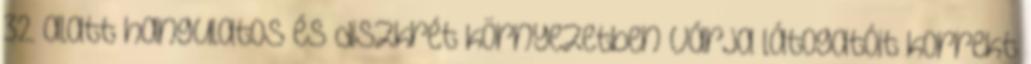
32. alatt hangulatos és diszkrét környezetben várja látogatóit korrekt